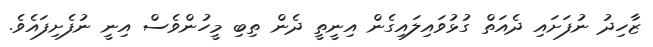
ޒާހިދު ނުފަށައި ދެއަތް ގުޅުވައިލައިގެން އިނީތީ ދެން ތިބި މީހުންވެސް އިނީ ނުފެށިފައެވެ.